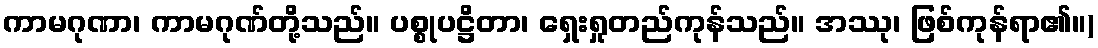
ကာမဂုဏာ၊ ကာမဂုဏ်တို့သည်။ ပစ္စုပဋ္ဌိတာ၊ ရှေးရှုတည်ကုန်သည်။ အဿု၊ ဖြစ်ကုန်ရာ၏။)